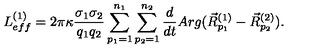
L _ { e f f } ^ { ( 1 ) } = 2 \pi \kappa \frac { \sigma _ { 1 } \sigma _ { 2 } } { q _ { 1 } q _ { 2 } } \sum _ { p _ { 1 } = 1 } ^ { n _ { 1 } } \sum _ { p _ { 2 } = 1 } ^ { n _ { 2 } } \frac { d } { d t } A r g ( \vec { R } _ { p _ { 1 } } ^ { ( 1 ) } - \vec { R } _ { p _ { 2 } } ^ { ( 2 ) } ) .